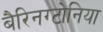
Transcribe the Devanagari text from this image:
बैरिनग्टोनिया